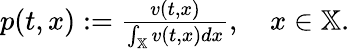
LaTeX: \begin{array}{r}{p(t,x):=\frac{v(t,x)}{\int_{\mathbb{X}}v(t,x)dx},\quad x\in\mathbb{X}.}\end{array}